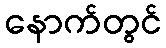
နောက်တွင်